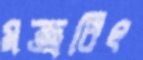
মন্ত্রবিৎ